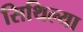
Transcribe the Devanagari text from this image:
सिथिल्या